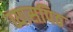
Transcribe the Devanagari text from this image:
व्यासपिठ